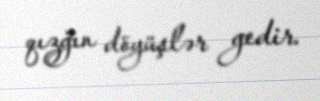
qızğın döyüşlər gedir.